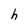
Character: h